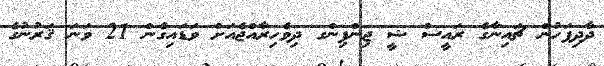
ދާދިފަހުން ޗައިނާގެ ރައީސް ޝީ ޖިންޕިންގ ދިވެހިރާއްޖެއަށް ވަޑައިގެން 21 ވަނަ ޤަރުނުގެ